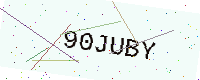
Text: 90JUBY